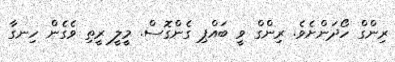
ރިންގް ހޯދަންށެވެ. ރިންގް ވީ ބައްޕި ގެންގޮސް. މީލީ ރީތި ވެގެން ހިނގާ